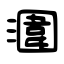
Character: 潿